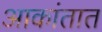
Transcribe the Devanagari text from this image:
आकांतात